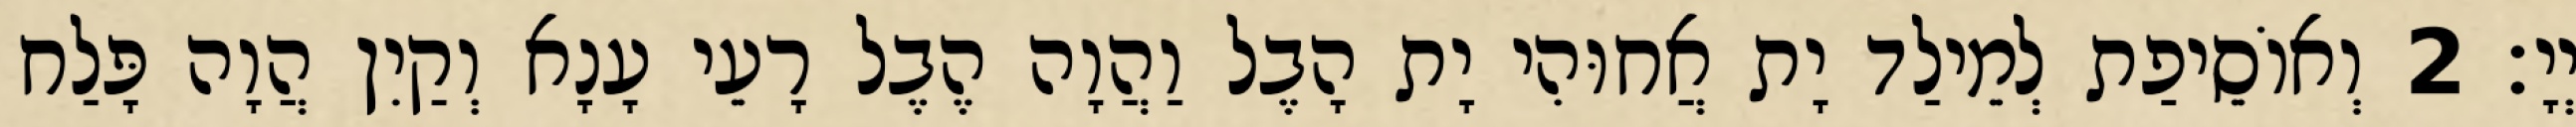
יְיָ׃ 2 וְאוֹסֵיפַת לְמֵילַד יָת אֲחוּהִי יָת הָבֶל וַהֲוָה הֶבֶל רָעֵי עָנָא וְקַיִן הֲוָה פָּלַח